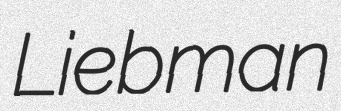
Liebman